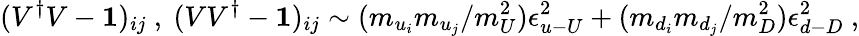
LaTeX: (V^{\dagger}V-{\mathbf 1})_{ij}~,~(VV^{\dagger}-{\mathbf 1})_{ij}\sim(m_{u_{i}}m_{u_{j}}/m_{U}^{2})\epsilon_{u{\mathrm{-}}U}^{2}+(m_{d_{i}}m_{d_{j}}/m_{D}^{2})\epsilon_{d{\mathrm{-}}D}^{2}~,